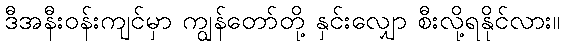
ဒီအနီးဝန်းကျင်မှာ ကျွန်တော်တို့ နှင်းလျှော စီးလို့ရနိုင်လား။